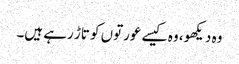
وہ دیکھو، وہ کیسے عورتوں کو تاڑ رہے ہیں۔